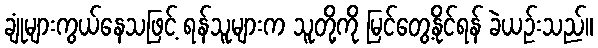
ချုံများကွယ်နေသဖြင့် ရန်သူများက သူတို့ကို မြင်တွေ့နိုင်ရန် ခဲယဉ်းသည်။